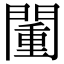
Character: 𨵮